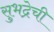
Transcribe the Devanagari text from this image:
सुभद्रेची